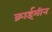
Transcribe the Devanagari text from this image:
क्राईमीन